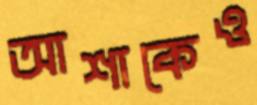
আশাকেও